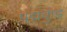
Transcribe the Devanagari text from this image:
पद्मकुंड